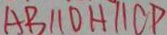
A B / / D H / / C P